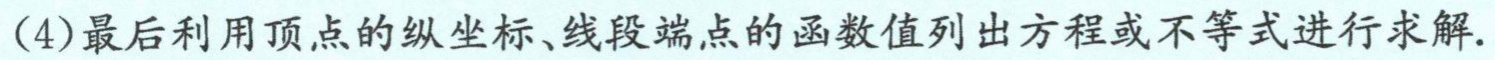
(4)最后利用顶点的纵坐标、线段端点的函数值列出方程或不等式进行求解.